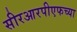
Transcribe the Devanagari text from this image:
सीरआरपीएफच्या